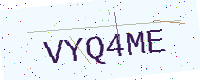
Text: VYQ4ME